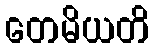
တေမိယတိ